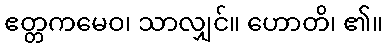
ဧတ္တကမေဝ၊ သာလျှင်။ ဟောတိ၊ ၏။